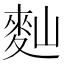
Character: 䴮